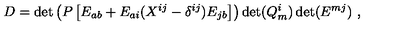
D = \det \left( P \left[ E _ { a b } + E _ { a i } ( X ^ { i j } - \delta ^ { i j } ) E _ { j b } \right] \right) \det ( Q _ { m } ^ { i } ) \det ( E ^ { m j } ) \ ,